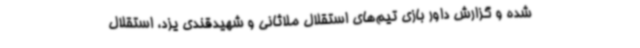
شده و گزارش داور بازی تیم‌های استقلال ملاثانی و شهیدقندی یزد، استقلال